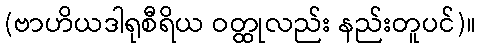
(ဗာဟိယဒါရုစီရိယ ဝတ္ထုလည်း နည်းတူပင်)။